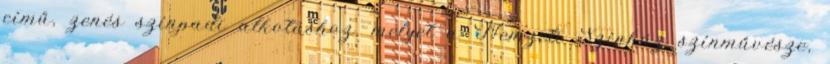
című, zenés színpadi alkotáshoz, melyet a Nemzeti Színház színművésze,